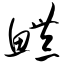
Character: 鳢